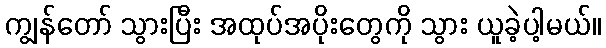
ကျွန်တော် သွားပြီး အထုပ်အပိုးတွေကို သွား ယူခဲ့ပါ့မယ်။